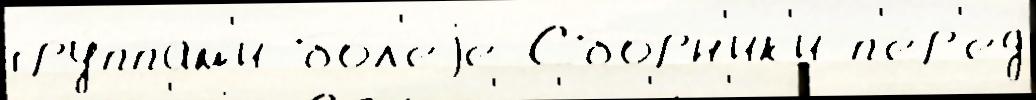
гру́ппам'и бо́л'еjе Сбо́рн'ик'и п'е́р'ед